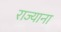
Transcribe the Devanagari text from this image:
राज्याना